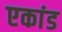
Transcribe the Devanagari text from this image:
एकांड